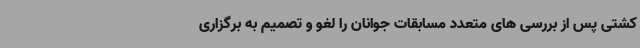
کشتی پس از بررسی های متعدد مسابقات جوانان را لغو و تصمیم به برگزاری